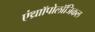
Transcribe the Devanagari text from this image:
एंथ्राॉपोलॉजिकल